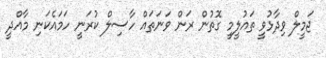
ޖަމީލް ވިދާޅުވީ ތައުލީމީ ގޮތުން ރަން ވަނަތައް ހާސިލް ކުރަނީ ހަމައެކަނި މާއްދީ